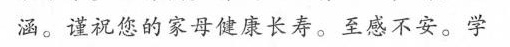
涵。谨祝您的家母健康长寿。至感不安。学